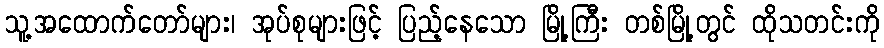
သူ့အထောက်တော်များ၊ အုပ်စုများဖြင့် ပြည့်နေသော မြို့ကြီး တစ်မြို့တွင် ထိုသတင်းကို